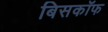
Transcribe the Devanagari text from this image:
बिसकॉफ